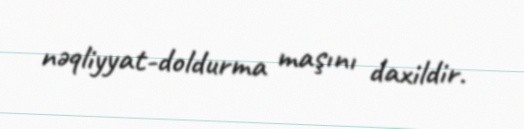
nəqliyyat-doldurma maşını daxildir.